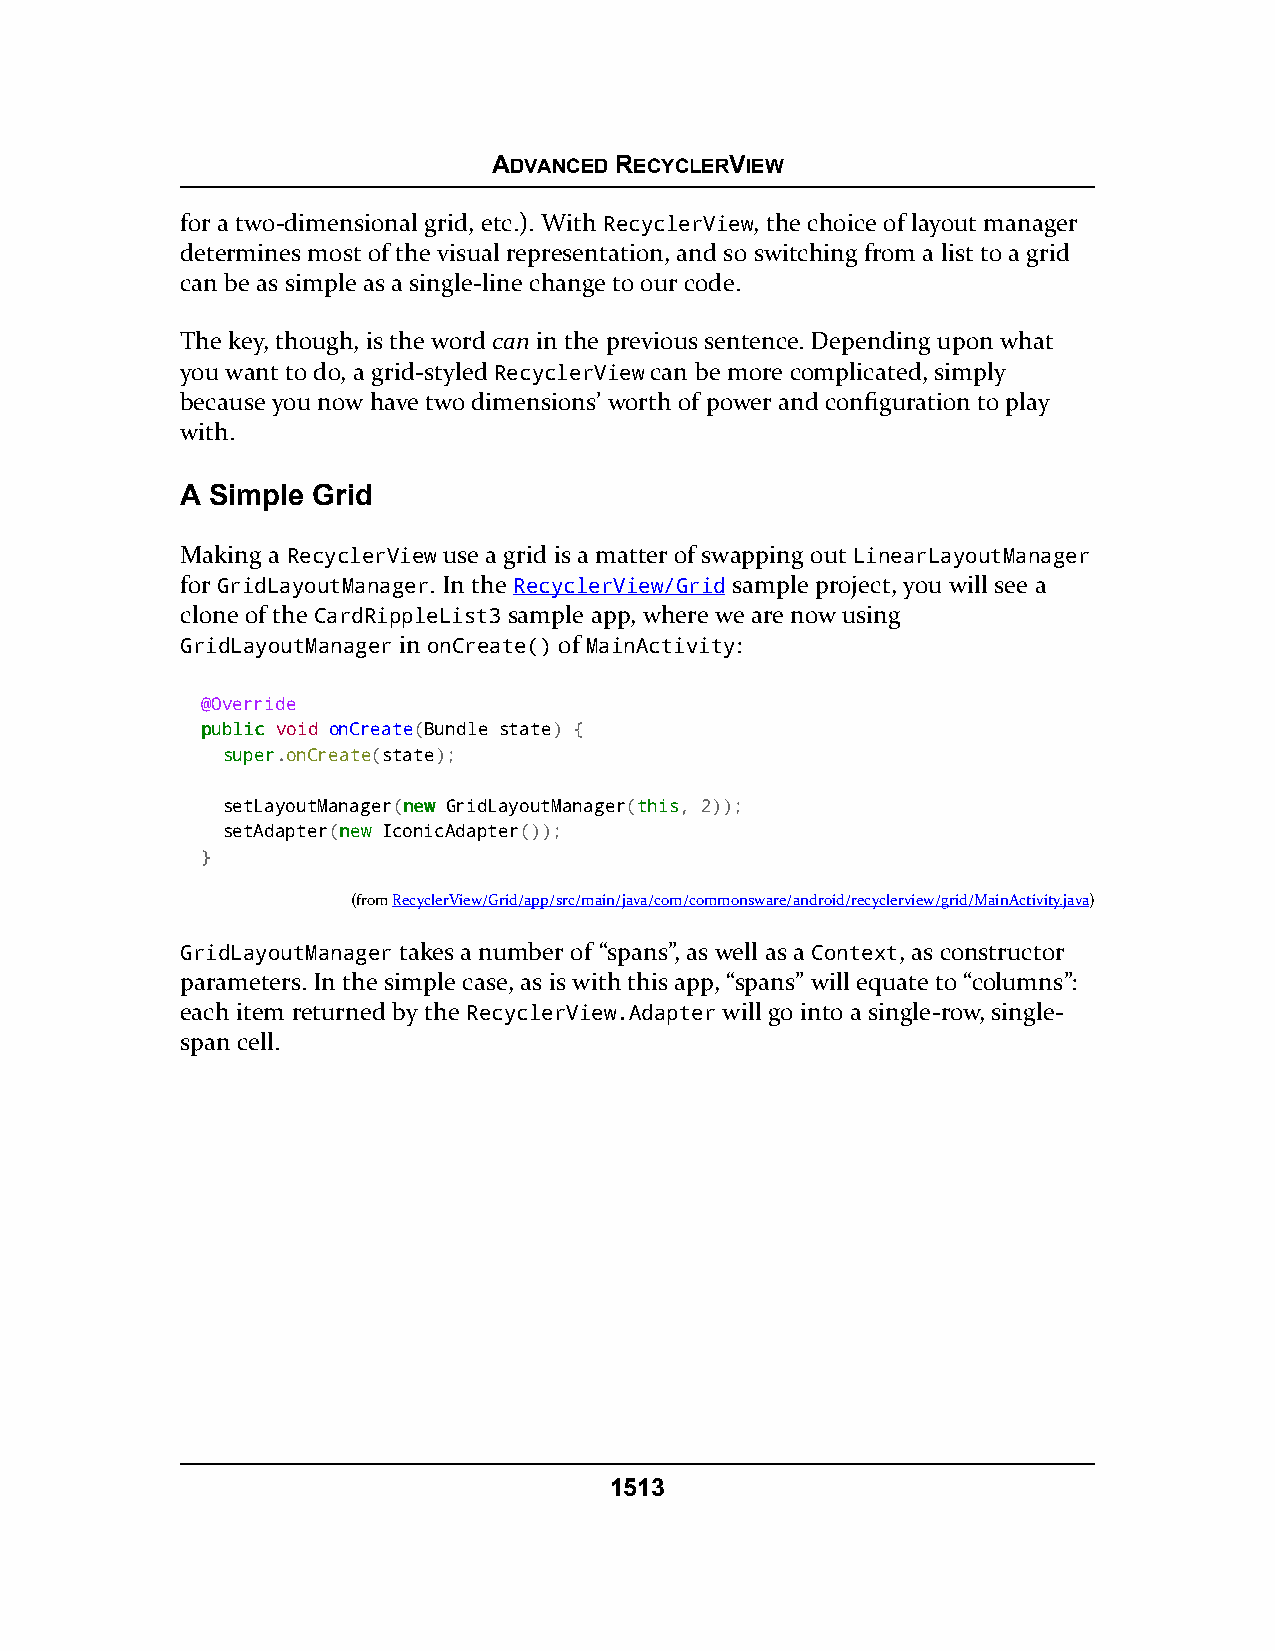
ADVANCED RECYCLERVIEW
 for a two-dimensional grid, etc.). With RecyclerView, the choice of layout manager
 determines most of the visual representation, and so switching from a list to a grid
 can be as simple as a single-line change to our code.
 The key, though, is the word can in the previous sentence. Depending upon what
 you want to do, a grid-styled RecyclerView can be more complicated, simply
 because you now have two dimensions’ worth of power and configuration to play
 with.
 A Simple Grid
 Making a RecyclerView use a grid is a matter of swapping out LinearLayoutManager
 for GridLayoutManager. In the RecyclerView/Grid sample project, you will see a
 clone of the CardRippleList3 sample app, where we are now using
 GridLayoutManager in onCreate() of MainActivity:
 @Override
 ppuubblliicc void onCreate(Bundle state) {
 ssuuppeerr.onCreate(state);
 setLayoutManager(nneeww GridLayoutManager(tthhiiss, 2));
 setAdapter(nneeww IconicAdapter());
 }
 (fromRecyclerView/Grid/app/src/main/java/com/commonsware/android/recyclerview/grid/MainActivity.java)
 GridLayoutManager takes a number of “spans”, as well as a Context, as constructor
 parameters. In the simple case, as is with this app, “spans” will equate to “columns”:
 each item returned by the RecyclerView.Adapter will go into a single-row, single-
 span cell.
 1513